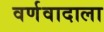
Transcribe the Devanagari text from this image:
वर्णवादाला